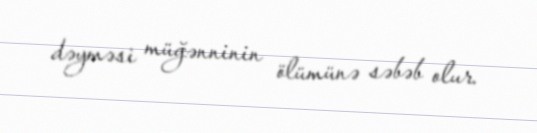
dəyməsi müğənninin ölümünə səbəb olur.